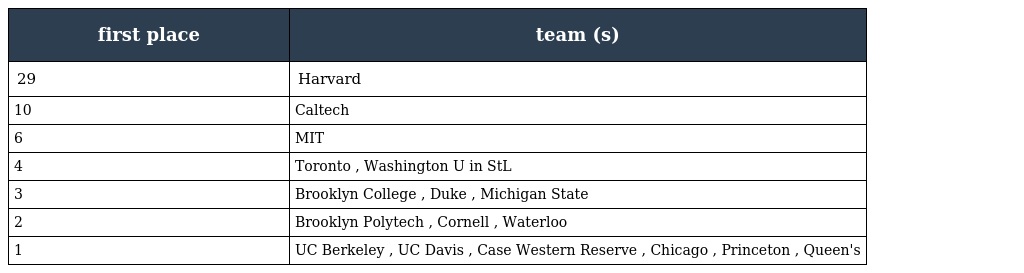
| first place | team (s) |
 | --- | --- |
 | 29 | Harvard |
 | 10 | Caltech |
 | 6 | MIT |
 | 4 | Toronto , Washington U in StL |
 | 3 | Brooklyn College , Duke , Michigan State |
 | 2 | Brooklyn Polytech , Cornell , Waterloo |
 | 1 | UC Berkeley , UC Davis , Case Western Reserve , Chicago , Princeton , Queen's |